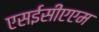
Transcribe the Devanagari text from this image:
एसईसीएएम